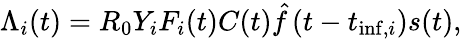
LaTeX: \Lambda_{i}(t)=R_{0}Y_{i}F_{i}(t)C(t)\hat{f}\left(t-t_{\mathrm{inf},i}\right)s(t),